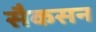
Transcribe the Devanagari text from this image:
सैकसन